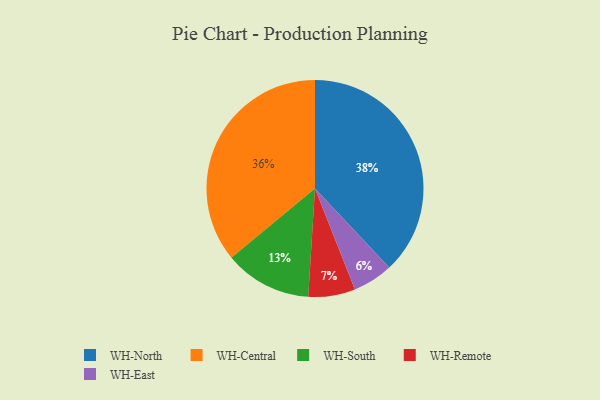
{"axis": {"x": "Category", "y": "Percentage"}, "legend": ["WH-Central", "WH-East", "WH-North", "WH-Remote", "WH-South"], "data": [{"x": "WH-North", "y": 38, "type": "WH-North"}, {"x": "WH-Central", "y": 36, "type": "WH-Central"}, {"x": "WH-East", "y": 6, "type": "WH-East"}, {"x": "WH-Remote", "y": 7, "type": "WH-Remote"}, {"x": "WH-South", "y": 13, "type": "WH-South"}]}